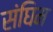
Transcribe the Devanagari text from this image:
संघिम